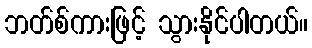
ဘတ်စ်ကားဖြင့် သွားနိုင်ပါတယ်။